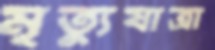
মৃত্যুযাত্রা